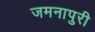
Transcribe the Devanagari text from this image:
जमनापुरी